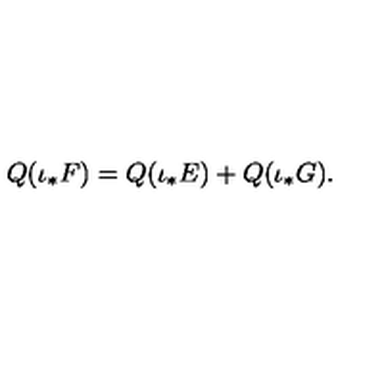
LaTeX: { Q } ( \iota _ { * } { F } ) = { Q } ( \iota _ { * } { E } ) + { Q } ( \iota _ { * } { G } ) .